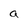
Character: a